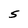
Character: 5